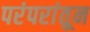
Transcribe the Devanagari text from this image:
परंपरांतून